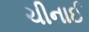
ચીનાઈ